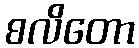
စလိတော